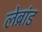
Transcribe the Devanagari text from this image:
लेब्रांड